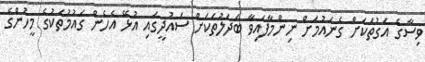
ވިސާގެ އަގުތަކަށް ގެނައުމަށް ނިންމާފައިވާ ބަދަލުތަކަށް ސައުދީގައި އުޅޭ އެހެން ގައުމުތަކުގެ މީހުންގެ